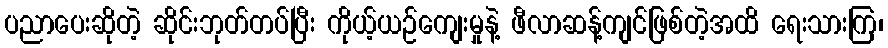
ပညာပေးဆိုတဲ့ ဆိုင်းဘုတ်တပ်ပြီး ကိုယ့်ယဉ်ကျေးမှုနဲ့ ဖီလာဆန့်ကျင်ဖြစ်တဲ့အထိ ရေးသားကြ၊